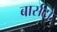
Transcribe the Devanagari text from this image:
बार्सटो